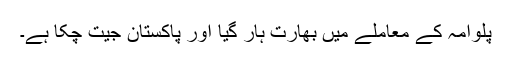
پلوامہ کے معاملے میں بھارت ہار گیا اور پاکستان جیت چکا ہے۔